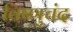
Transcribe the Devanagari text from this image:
विष्णुचंद